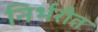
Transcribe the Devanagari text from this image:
निर्भरीत